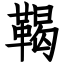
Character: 鞨